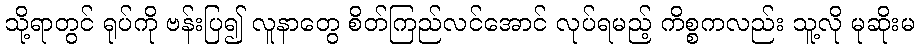
သို့ရာတွင် ရုပ်ကို ဗန်းပြ၍ လူနာတွေ စိတ်ကြည်လင်အောင် လုပ်ရမည့် ကိစ္စကလည်း သူ့လို မုဆိုးမ